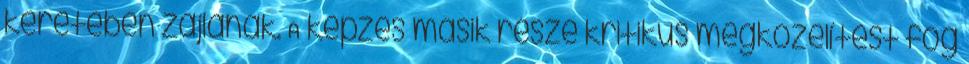
keretében zajlanak. A képzés másik része kritikus megközelítést fog